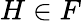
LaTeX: H\in F